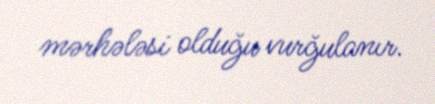
mərhələsi olduğu vurğulanır.